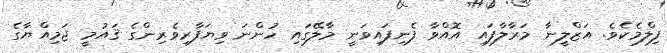
ފިލްމެކެވެ. އަޒްލީނާ މަރާލާފައި އޮއްވާ ފެނިފައިވަނީ މާލޭގައި ހުންނަ ވިޔަފާރިވެރިންގެ ޤައުމީ ޖަމިއްޔާގެ